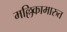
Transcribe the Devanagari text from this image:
मल्लिकामारुत